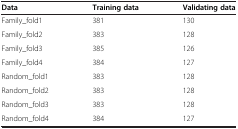
<table><thead><tr><td><b>Data</b></td><td><b>Training data</b></td><td><b>Validating data</b></td></tr></thead><tbody><tr><td>Family_fold1</td><td>381</td><td>130</td></tr><tr><td>Family_fold2</td><td>383</td><td>128</td></tr><tr><td>Family_fold3</td><td>385</td><td>126</td></tr><tr><td>Family_fold4</td><td>384</td><td>127</td></tr><tr><td>Random_fold1</td><td>383</td><td>128</td></tr><tr><td>Random_fold2</td><td>383</td><td>128</td></tr><tr><td>Random_fold3</td><td>383</td><td>128</td></tr><tr><td>Random_fold4</td><td>384</td><td>127</td></tr></tbody></table>